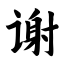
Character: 谢